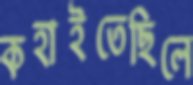
কহাইতেছিলে